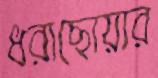
ধরাছোয়ার